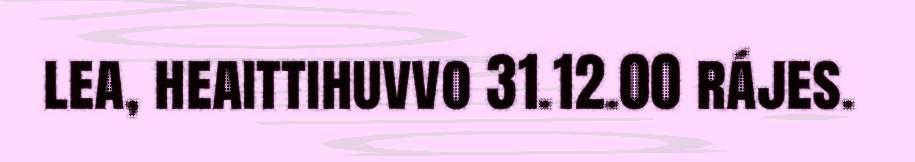
lea, heaittihuvvo 31.12.00 rájes.